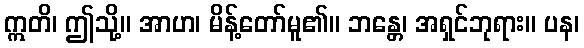
ဣတိ၊ ဤသို့။ အာဟ၊ မိန့်တော်မူ၏။ ဘန္တေ၊ အရှင်ဘုရား။ ပန၊